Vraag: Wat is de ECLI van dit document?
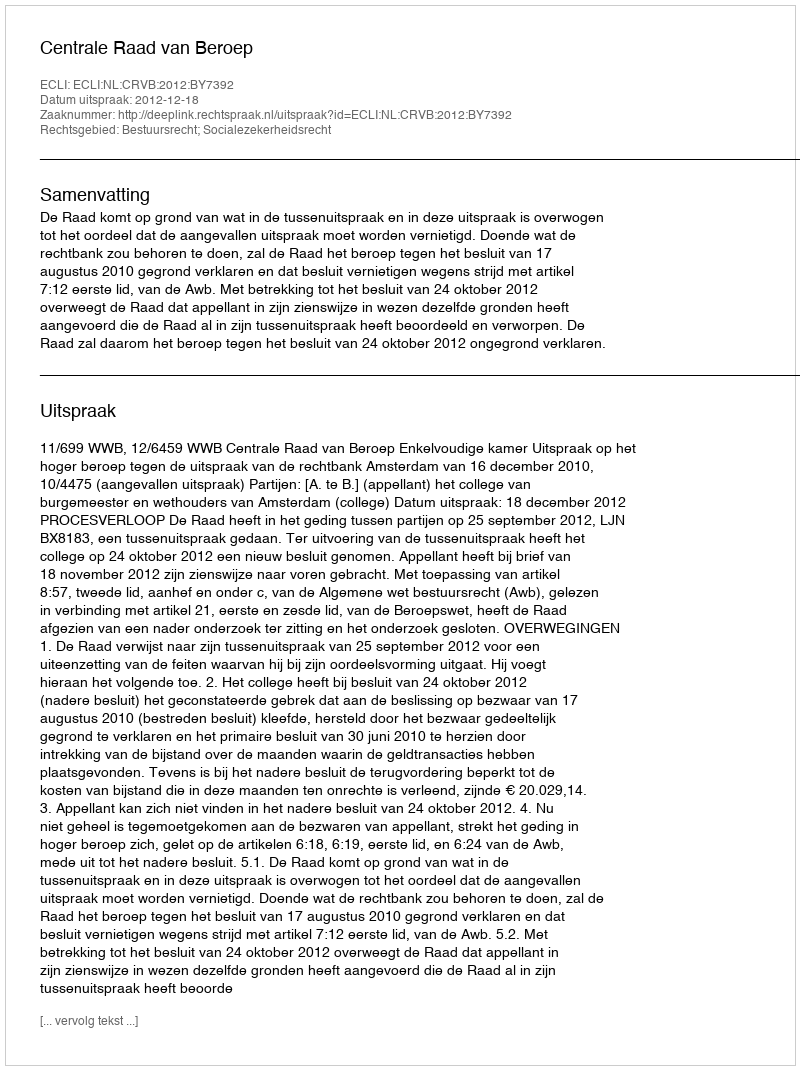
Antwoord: ECLI:NL:CRVB:2012:BY7392